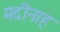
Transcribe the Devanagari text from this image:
मदीनाह